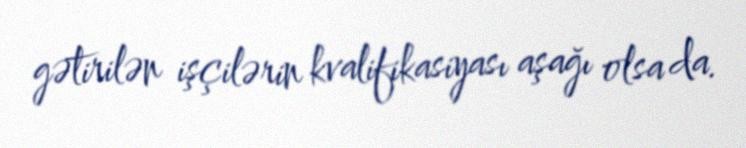
gətirilən işçilərin kvalifikasiyası aşağı olsa da.